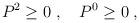
LaTeX: \begin{align*} P^2 \ge 0 \; , \quad P^0 \ge 0 \; ,\end{align*}